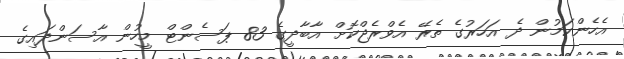
އެހެންކަމުން ދެ އަހަރުގެ ތެރޭ އެވްރެޖްކޮށް އާބާދީގެ 83 ޕަސެންޓް މީހުން އާސަންދައިގެ